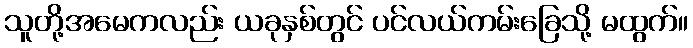
သူတို့အမေကလည်း ယခုနှစ်တွင် ပင်လယ်ကမ်းခြေသို့ မထွက်။